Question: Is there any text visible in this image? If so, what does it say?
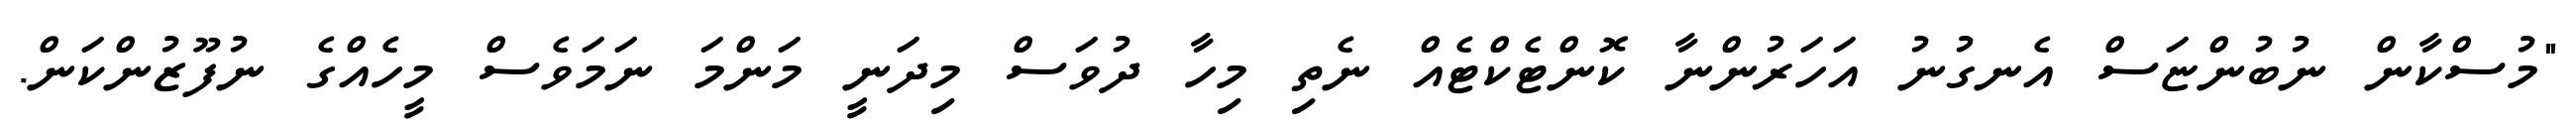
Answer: "މުސްކާން ނުބުންޏަސް އެނގުނު އަހަރުންނާ ކޮންޓެކްޓެއް ނެތި މިހާ ދުވަސް މިދަނީ މަންމަ ނަމަވެސް މީހެއްގެ ނުފޫޒުންކަން.